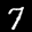
Label: 7